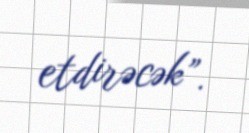
etdirəcək”.